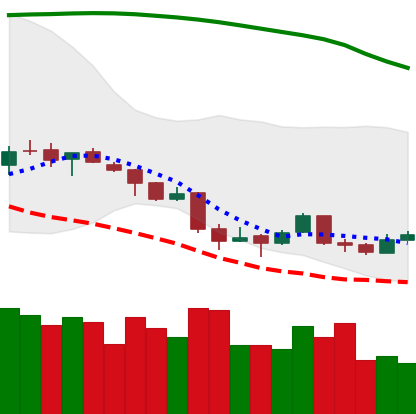
Ticker: BTC-USD
Chart end date: 2018-04-08
Forward return: 12.422%
Label: up_7plus